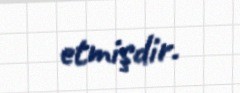
etmişdir.